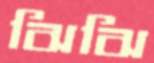
ঝিঝি